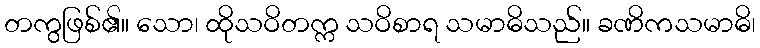
တကွဖြစ်၏။ သော၊ ထိုသဝိတက္က သဝိစာရ သမာဓိသည်။ ခဏိကသမာဓိ၊